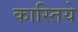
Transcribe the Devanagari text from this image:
कास्तिये